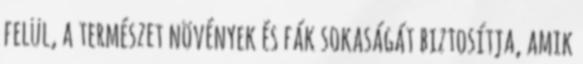
felül, a természet növények és fák sokaságát biztosítja, amik